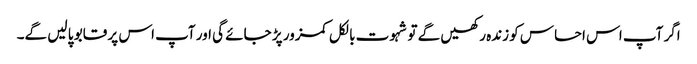
اگر آپ اس احساس کو زندہ رکھیں گے تو شہوت بالکل کمزور پڑ جائے گی اور آپ اس پر قابو پا لیں گے۔